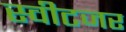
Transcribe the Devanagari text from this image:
स्वीटजर